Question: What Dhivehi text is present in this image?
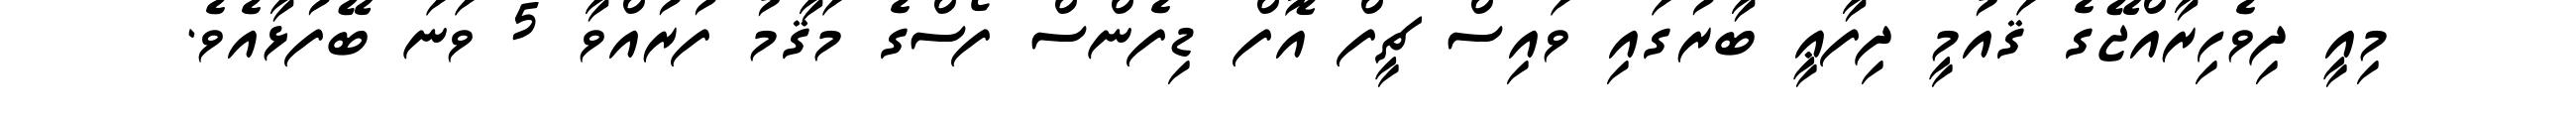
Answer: މިއީ ދިވެހިރާއްޖޭގެ ޤައުމީ ދިފާޢީ ބާރުގައި ވައިސް ޗީފް އޮފް ޑިފެންސް ފޯސްގެ މަޤާމު ފުރުއްވާ 5 ވަނަ ބޭފުޅާއެވެ.